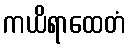
ကယိရာထေတံ